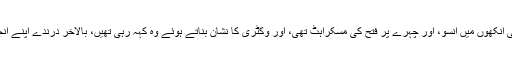
نربھیا کی ماں کی آنکھوں میں آنسو، اور چہرے پر فتح کی مسکراہٹ تھی، اور وکٹری کا نشان بناتے ہوئے وہ کہہ رہی تھیں، بالآخر درندے اپنے انجام کو پہنچ گئے۔